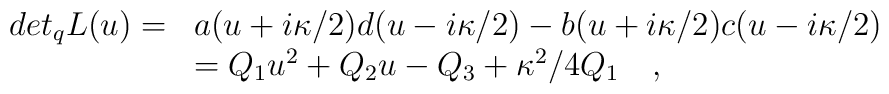
\begin{array}{ll}det_{q} L(u) =& a (u + i \kappa /2) d (u - i \kappa /2) - b (u + i \kappa /2)c (u - i \kappa /2)\\\, & = Q_{1} u^{2} + Q_{2} u - Q_{3} + \kappa^{2}/4 Q_{1} \quad ,\end{array}